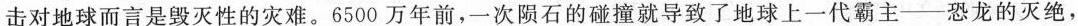
击对地球而言是毁灭性的灾难。6500万年前，一次陨石的碰撞就导致了地球上一代霸主——恐龙的灭绝，